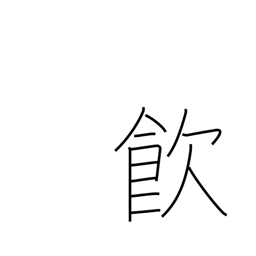
Meaning: drink